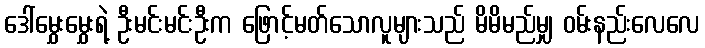
ဒေါ်မွှေးမွှေးရဲ့ ဦးမင်းမင်းဦးက ဖြောင့်မတ်သောလူများသည် မိမိမည်မျှ ဝမ်းနည်းလေလေ